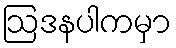
ဩဒနပါကမှာ